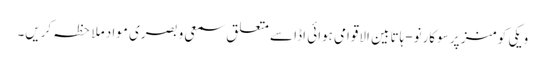
ویکی کومنز پر سوکارنو-ہاتا بین الاقوامی ہوائی اڈا سے متعلق سمعی و بصری مواد ملاحظہ کریں۔